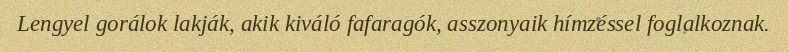
Lengyel gorálok lakják, akik kiváló fafaragók, asszonyaik hímzéssel foglalkoznak.